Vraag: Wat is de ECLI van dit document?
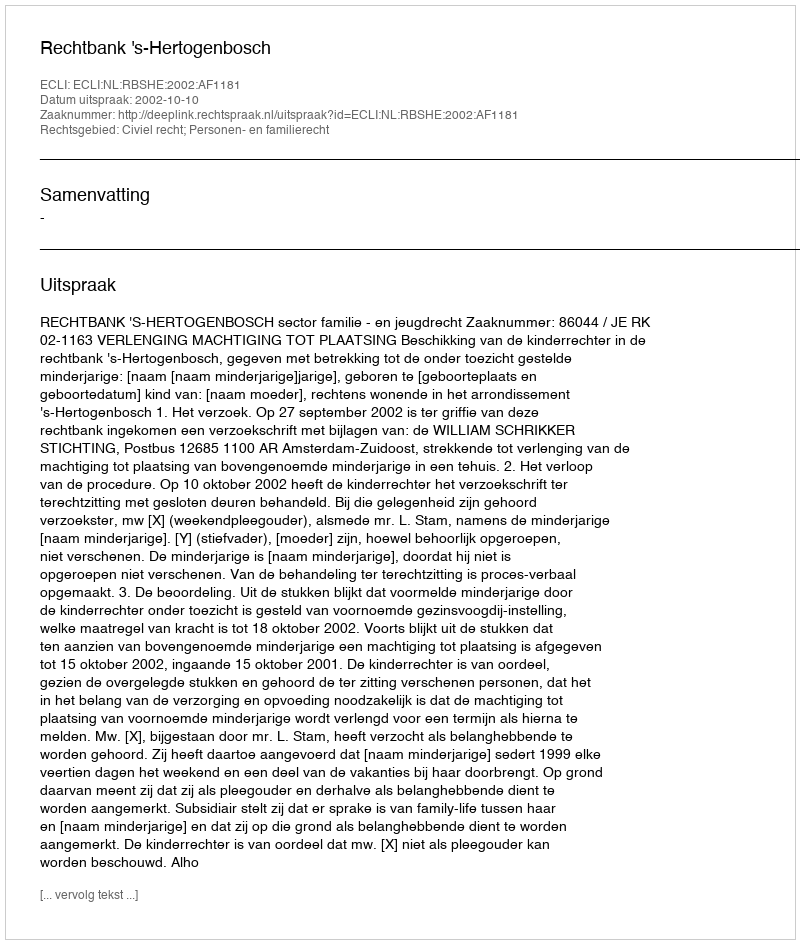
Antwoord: ECLI:NL:RBSHE:2002:AF1181